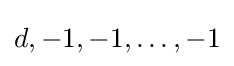
d,-1,-1,\dots ,-1